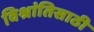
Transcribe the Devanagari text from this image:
विश्रांतिसाठी